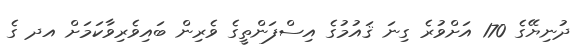
ދުނިޔޭގެ 170 އަށްވުރެ ގިނަ ޤައުމުގެ އިސްފަންތީގެ ވެރިން ބައިވެރިވާކަމަށް އދ ގެ